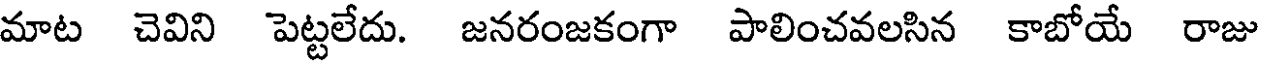
మాట చెవిని పెట్టలేదు. జనరంజకంగా పాలించవలసిన కాబోయే రాజు